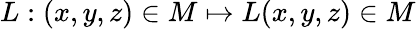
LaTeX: L:(x,y,z)\in{M}\mapsto L(x,y,z)\in{M}